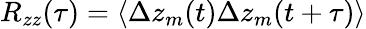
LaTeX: R_{zz}(\tau)=\langle\Delta z_{m}(t)\Delta z_{m}(t+\tau)\rangle